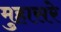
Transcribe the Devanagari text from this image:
मुहासरे